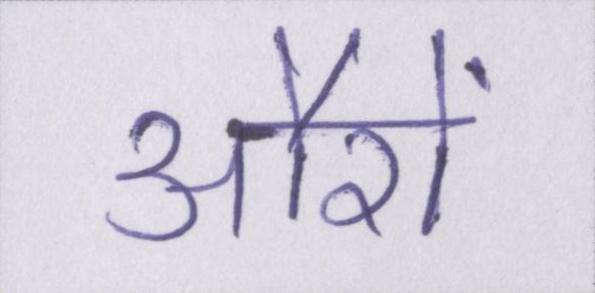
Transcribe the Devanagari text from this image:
औरों